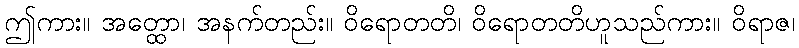
ဤကား။ အတ္ထော၊ အနက်တည်း။ ဝိရောတတိ၊ ဝိရောတတိဟူသည်ကား။ ဝိရာဇ၊